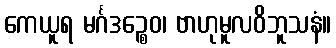
ကေယူရ မင်္ဂဒဉ္စေဝ၊ ဗာဟုမူလဝိဘူသနံ။